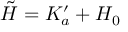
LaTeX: \tilde { H } = K _ { a } ^ { \prime } + H _ { 0 }